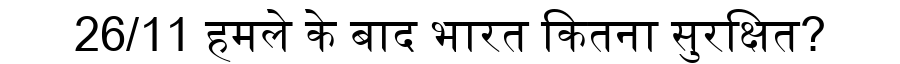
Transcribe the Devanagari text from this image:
26/11 हमले के बाद भारत कितना सुरक्षित?